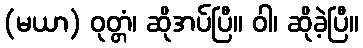
(မယာ) ဝုတ္တံ၊ ဆိုအပ်ပြီ။ ဝါ၊ ဆိုခဲ့ပြီ။